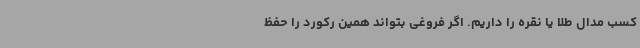
کسب مدال طلا یا نقره را داریم. اگر فروغی بتواند همین رکورد را حفظ